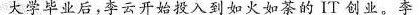
大学毕业后，李云开始投入到如火如茶的it创业。李